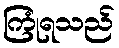
ကြုံရသည်